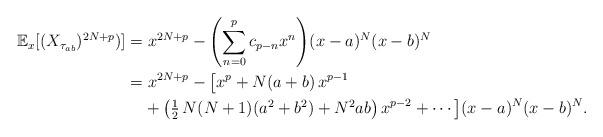
LaTeX: \begin{align*}\mathbb{E}_x[(X_{\tau_{ab}})^{2N+p})]&=x^{2N+p}-\left(\sum_{n=0}^p c_{p-n} x^n\right)\!(x-a)^N(x-b)^N\\&=x^{2N+p}-\left[x^p+N(a+b)\,x^{p-1}\right.\\&\hphantom{=\;}\left.+\left(\textstyle\frac12\,N(N+1)(a^2+b^2)+N^2ab\right)x^{p-2}+\cdots\right]\!(x-a)^N(x-b)^N.\end{align*}